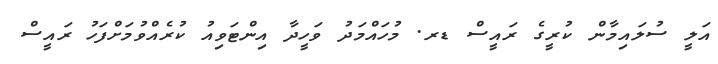
އަލީ ސުލައިމާން ކުރީގެ ރައީސް ޑރ. މުހައްމަދު ވަހީދާ އިންޓަވިއު ކުރެއްވުމަށްފަހު ރައީސް